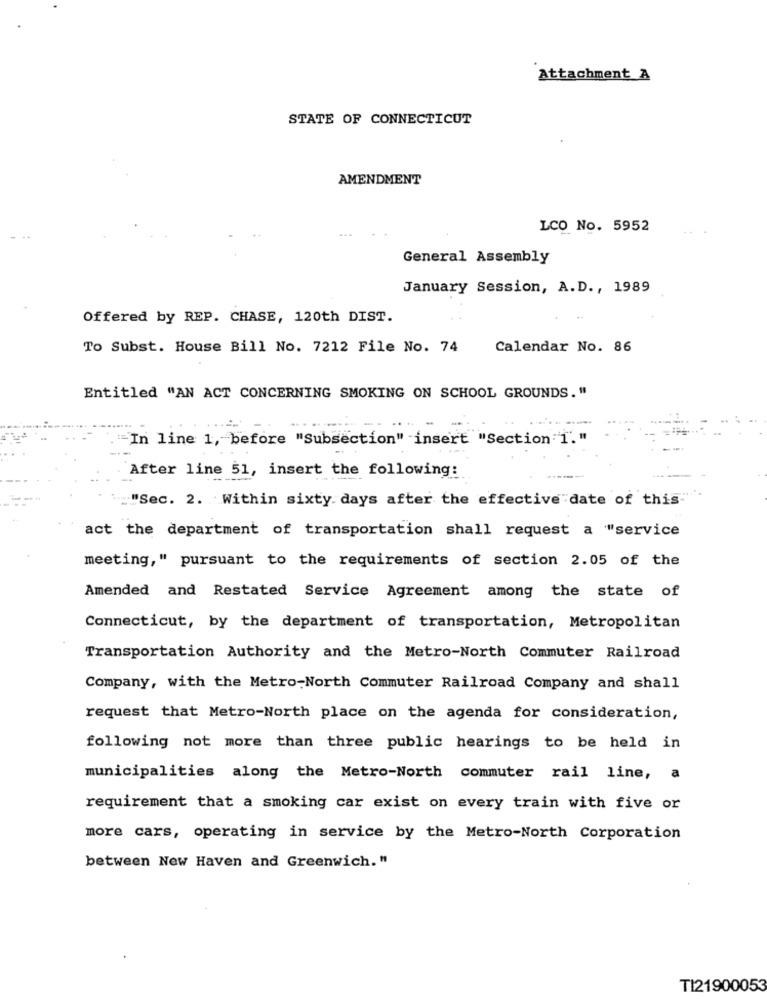
Attachment A
STATE OF CONNECTICUT
AMENDMENT
LCO No. 5952
General Assembly
January Session, A.D ., 1989
Offered by REP. CHASE, 120th DIST.
To Subst. House Bill No. 7212 File No. 74
Calendar No. 86
Entitled "AN ACT CONCERNING SMOKING ON SCHOOL GROUNDS."
In line 1, before "Subsection" insert "Section İ'."
After line 51, insert the following:
."Sec. 2. Within sixty days after the effective date of this"
act the department of transportation shall request a "service
meeting," pursuant to the requirements of section 2.05 of the
Amended and Restated Service Agreement among the state of
Connecticut, by the department of transportation, Metropolitan
Transportation Authority and the Metro-North Commuter Railroad
Company, with the Metro-North Commuter Railroad Company and shall
request that Metro-North place on the agenda for consideration,
following not more than three public hearings to be held in
municipalities along the Metro-North commuter rail line, a
requirement that a smoking car exist on every train with five or
more cars, operating in service by the Metro-North Corporation
between New Haven and Greenwich. "
TI21900053